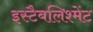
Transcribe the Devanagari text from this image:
इस्टैबलिश्मेंट